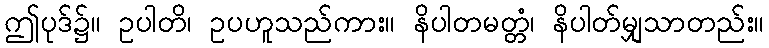
ဤပုဒ်၌။ ဥပါတိ၊ ဥပဟူသည်ကား။ နိပါတမတ္တံ၊ နိပါတ်မျှသာတည်း။